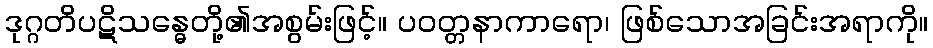
ဒုဂ္ဂတိပဋိသန္ဓေတို့၏အစွမ်းဖြင့်။ ပဝတ္တနာကာရော၊ ဖြစ်သောအခြင်းအရာကို။